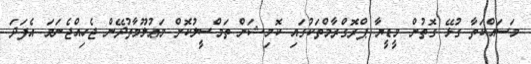
މަސައްކަތާ ގުޅޭ ގޮތުން މީޑީޔާ ޕްރޮގްރާމްތަކުގައި ކޮމިޝަން ތަމްސީލުކޮށް މަޢުލޫމާތުދޭން ޖެހިއްޖެނަމަ އެފަދަ